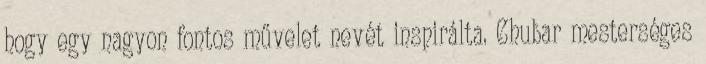
hogy egy nagyon fontos művelet nevét inspirálta. Chubar mesterséges